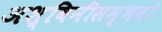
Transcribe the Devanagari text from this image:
अश्विनीसम्भवो